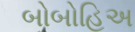
બોબોહિઅ